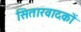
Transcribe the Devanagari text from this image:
सितारवादकों